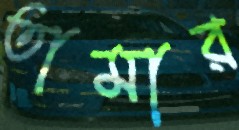
তামার